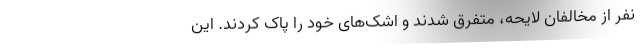
نفر از مخالفان لایحه، متفرق شدند و اشک‌های خود را پاک کردند. این